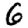
Digit: 6